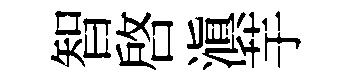
智啓滇芋